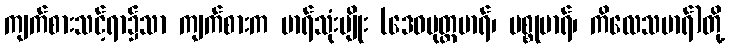
ကျက်စားသင့်ရာ၌သာ ကျက်စားက မာရ်သုံးမျိုး (ဒေဝပုတ္တမာရ်၊ ပစ္စုမာရ်၊ ကိလေသမာရ်)တို့